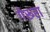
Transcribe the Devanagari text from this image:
गेरूरा